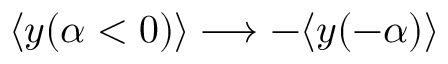
\langle y ( \alpha < 0 ) \rangle \longrightarrow - \langle y ( - \alpha ) \rangle